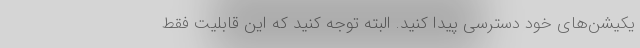
یکیشن‌های خود دسترسی پیدا کنید. البته توجه کنید که این قابلیت فقط